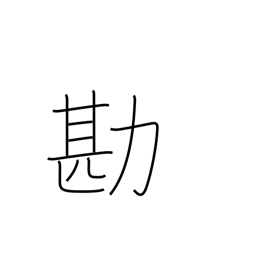
Meaning: compare